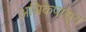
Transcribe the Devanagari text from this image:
अभ्रिकेपासून